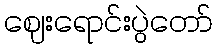
ဈေးရောင်းပွဲတော်